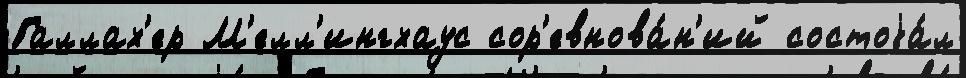
Галлах'ер М'елл'ингхаус сор'евнова́н'ий состоjа́л